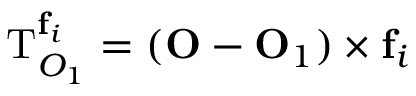
\mathbf { \mathrm { T } } _ { O _ { 1 } } ^ { \mathbf { f } _ { i } } = ( \mathbf { O } - \mathbf { O } _ { 1 } ) \times \mathbf { f } _ { i }